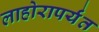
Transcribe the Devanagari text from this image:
लाहोरापर्यंत